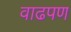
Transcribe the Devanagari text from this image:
वाढपण